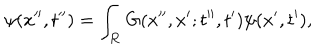
LaTeX: \psi ( x ^ { \prime \prime } , t ^ { \prime \prime } ) = \int _ { \bf R } G ( x ^ { \prime \prime } , x ^ { \prime } ; t ^ { \prime \prime } , t ^ { \prime } ) \psi ( x ^ { \prime } , t ^ { \prime } ) ,